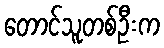
တောင်သူတစ်ဦးက